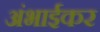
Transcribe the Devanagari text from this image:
अंभाईकर